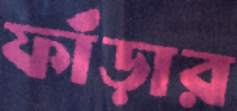
ফাঁড়ার